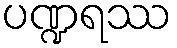
ပဏ္ဍရဿ